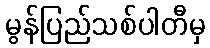
မွန်ပြည်သစ်ပါတီမှ